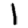
Digit: 1